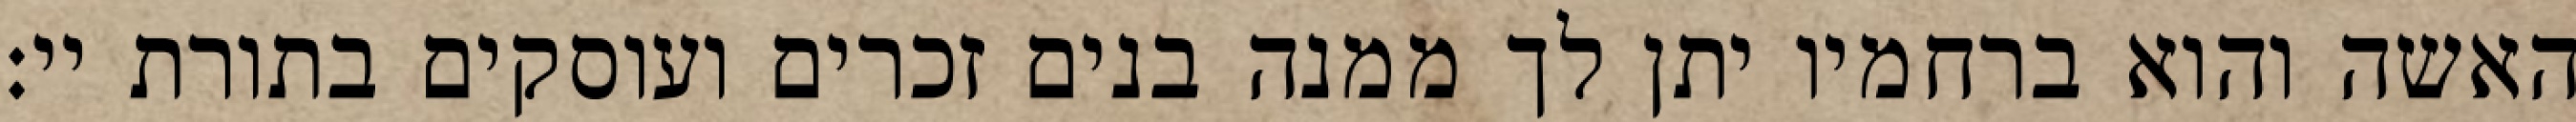
האשה והוא ברחמיו יתן לך ממנה בנים זכרים ועוסקים בתורת יי: